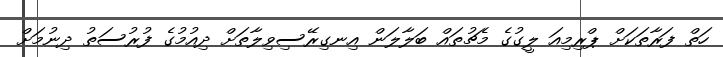
ހަތް ފަރާތަކަށް ޕްރިމިއަ ލީގުގެ މެޗުތައް ބަލާލަން އިނގިރޭސިވިލާތަށް ދިއުމުގެ ފުރުސަތު ދިނުމަށް